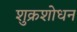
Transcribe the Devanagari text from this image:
शुक्रशोधन